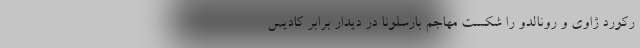
رکورد ژاوی و رونالدو را شکست مهاجم بارسلونا در دیدار برابر کادیس